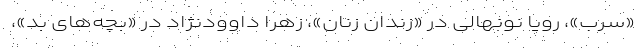
«سرب»، رویا نونهالی در «زندان زنان»، زهرا داوودنژاد در «بچه‌های بد»،